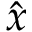
\hat { x }